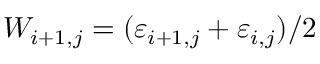
W _ { i + 1 , j } = ( \varepsilon _ { i + 1 , j } + \varepsilon _ { i , j } ) / 2